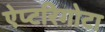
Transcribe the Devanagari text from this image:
ऐप्टरिगोटा